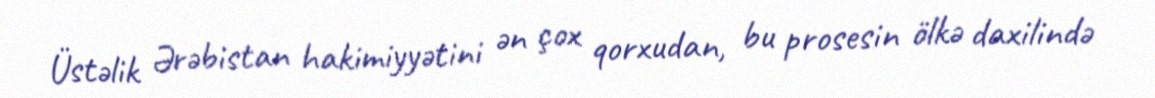
Üstəlik Ərəbistan hakimiyyətini ən çox qorxudan, bu prosesin ölkə daxilində